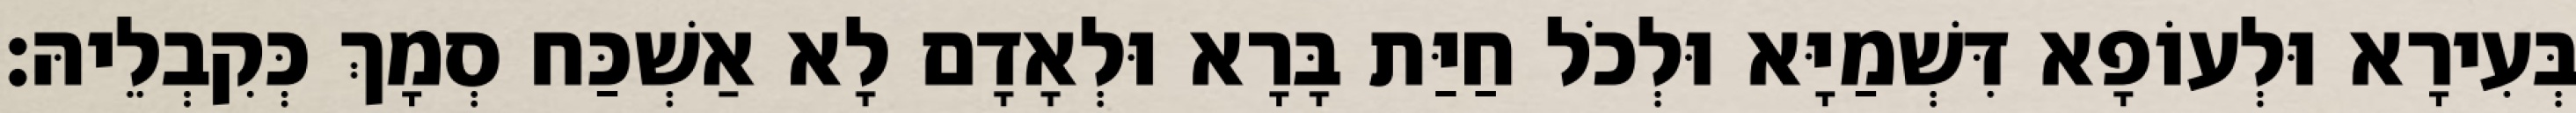
בְּעִירָא וּלְעוֹפָא דִּשְׁמַיָּא וּלְכֹל חַיַּת בָּרָא וּלְאָדָם לָא אַשְׁכַּח סְמָךְ כְּקִבְלֵיהּ׃